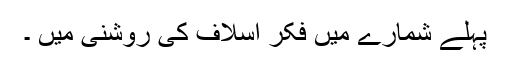
پہلے شمارے میں فکرِ اَسلاف کی روشنی میں ۔